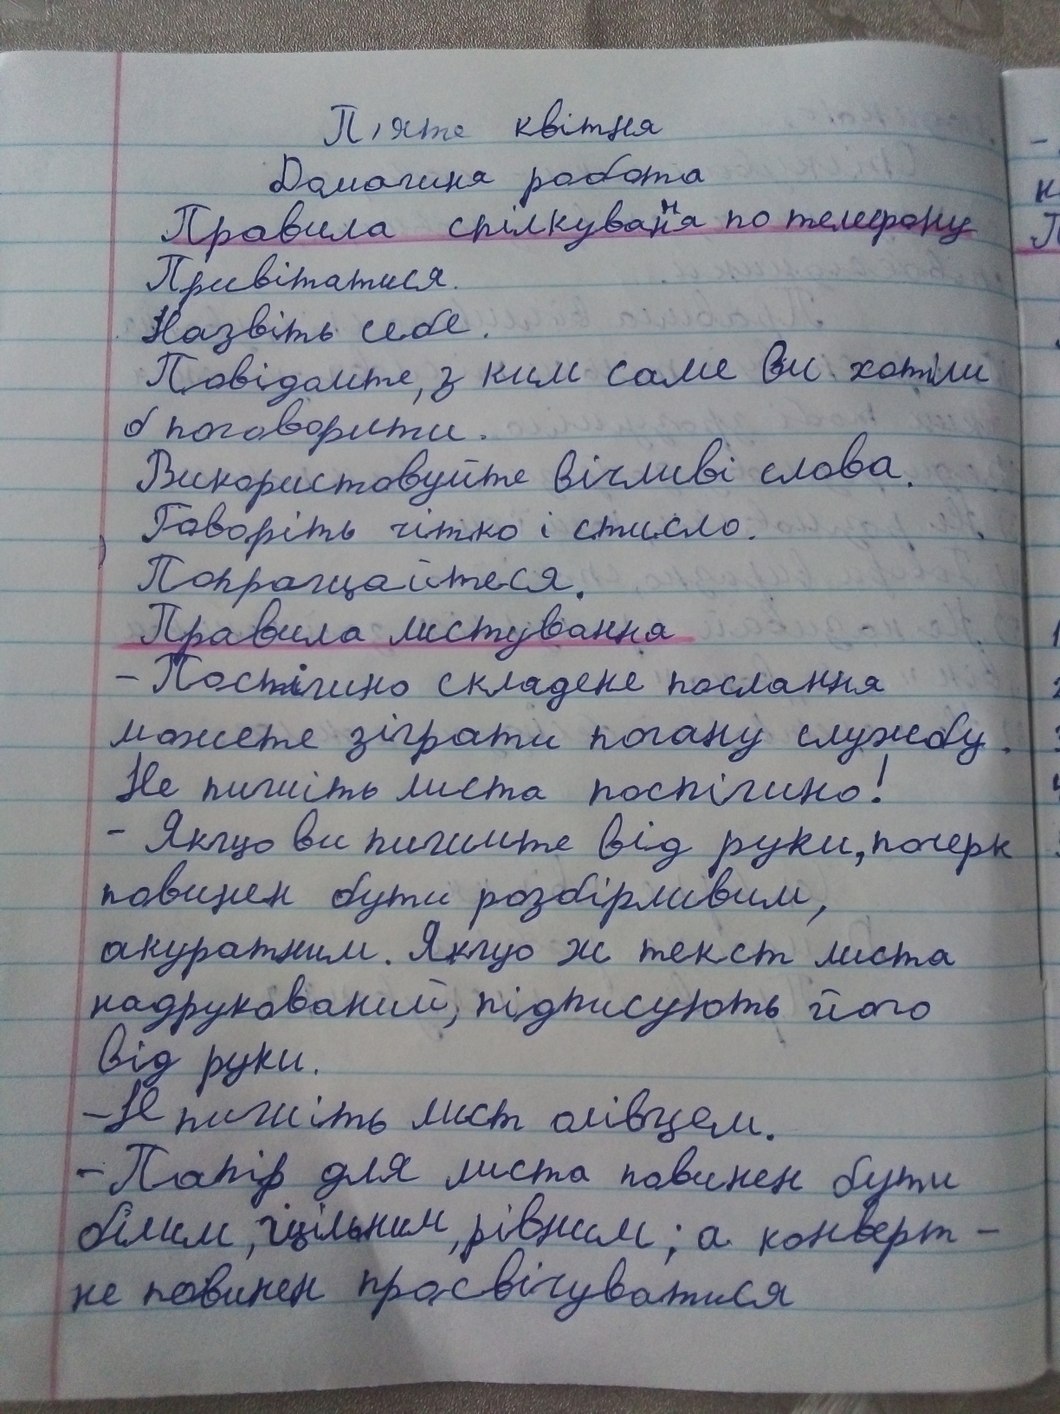
П'яте квітня
Домашня робота
Правила спілкуван{н}я по телефону
Привітатися.
Назвіть себе.
Повідомте, з ким саме ви хотіли
б поговорити.
Використовуйте вічливі слова.
Говоріть чітко і стисло.
Попращайтеся.
Правила листування
- Пос~~т~~пішно складене послання
можете зіграти погану службу.
Не пишіть листа поспішно!
- Якщо ви пишете від руки, почерк
повинен бути розбірливим,
акуратним. Якщо ж текст листа
надрукований, підписують його
від руки.
- Н пишіть лист олівцем.
- Папір для листа повинен бути
білим, щільним, рівним; а конверт -
не повинен просвічуватися